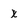
Character: x